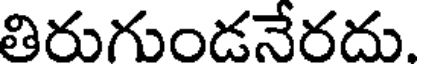
తిరుగుండనేరదు.